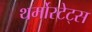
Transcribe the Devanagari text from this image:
थर्मोस्टेट्स